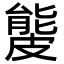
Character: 𥀍